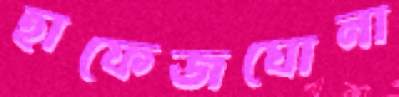
হাফেজঘোনা